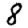
Digit: 8